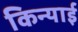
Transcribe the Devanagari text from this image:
किन्याई